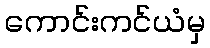
ကောင်းကင်ယံမှ